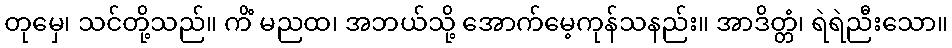
တုမှေ၊ သင်တို့သည်။ ကိံ မညထ၊ အဘယ်သို့ အောက်မေ့ကုန်သနည်း။ အာဒိတ္တံ၊ ရဲရဲညီးသော။